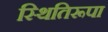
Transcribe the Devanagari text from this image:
स्थितिरूपा